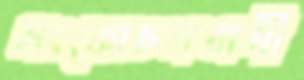
সংকোচনবাদী